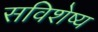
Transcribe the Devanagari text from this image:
सविशेष्य